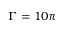
\Gamma = 1 0 \pi